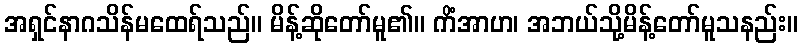
အရှင်နာဂသိန်မထေရ်သည်။ မိန့်ဆိုတော်မူ၏။ ကိံအာဟ၊ အဘယ်သို့မိန့်တော်မူသနည်း။